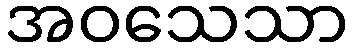
အဝသေသာ